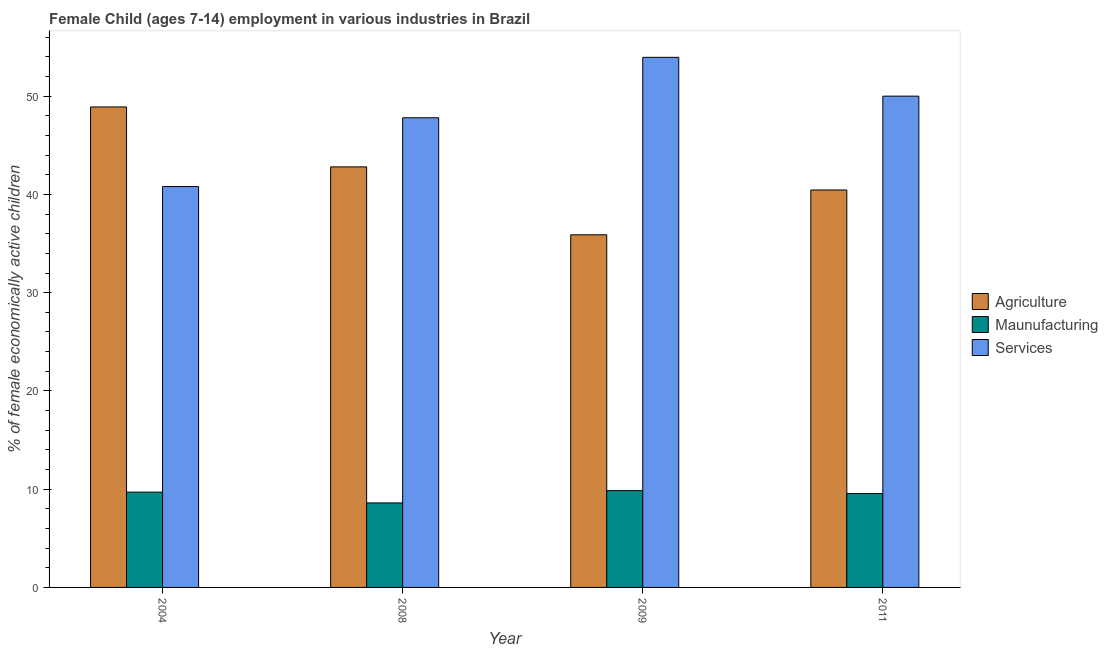
| Year | Agriculture | Maunufacturing | Services |
 | --- | --- | --- | --- |
 | 2004 | 48.9 | 9.7 | 40.8 |
 | 2008 | 42.8 | 8.6 | 47.8 |
 | 2009 | 35.9 | 9.85 | 54 |
 | 2011 | 40.5 | 9.55 | 50 |